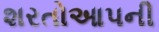
શરતોઆપની